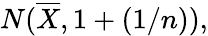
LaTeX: N({\overline{{X}}},1+(1/n)),